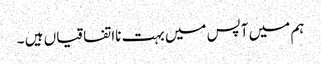
ہم میں آپس میں بہت نااتفاقیاں ہیں ۔